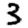
Digit: 3